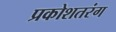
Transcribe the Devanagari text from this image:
प्रकोशतरंग